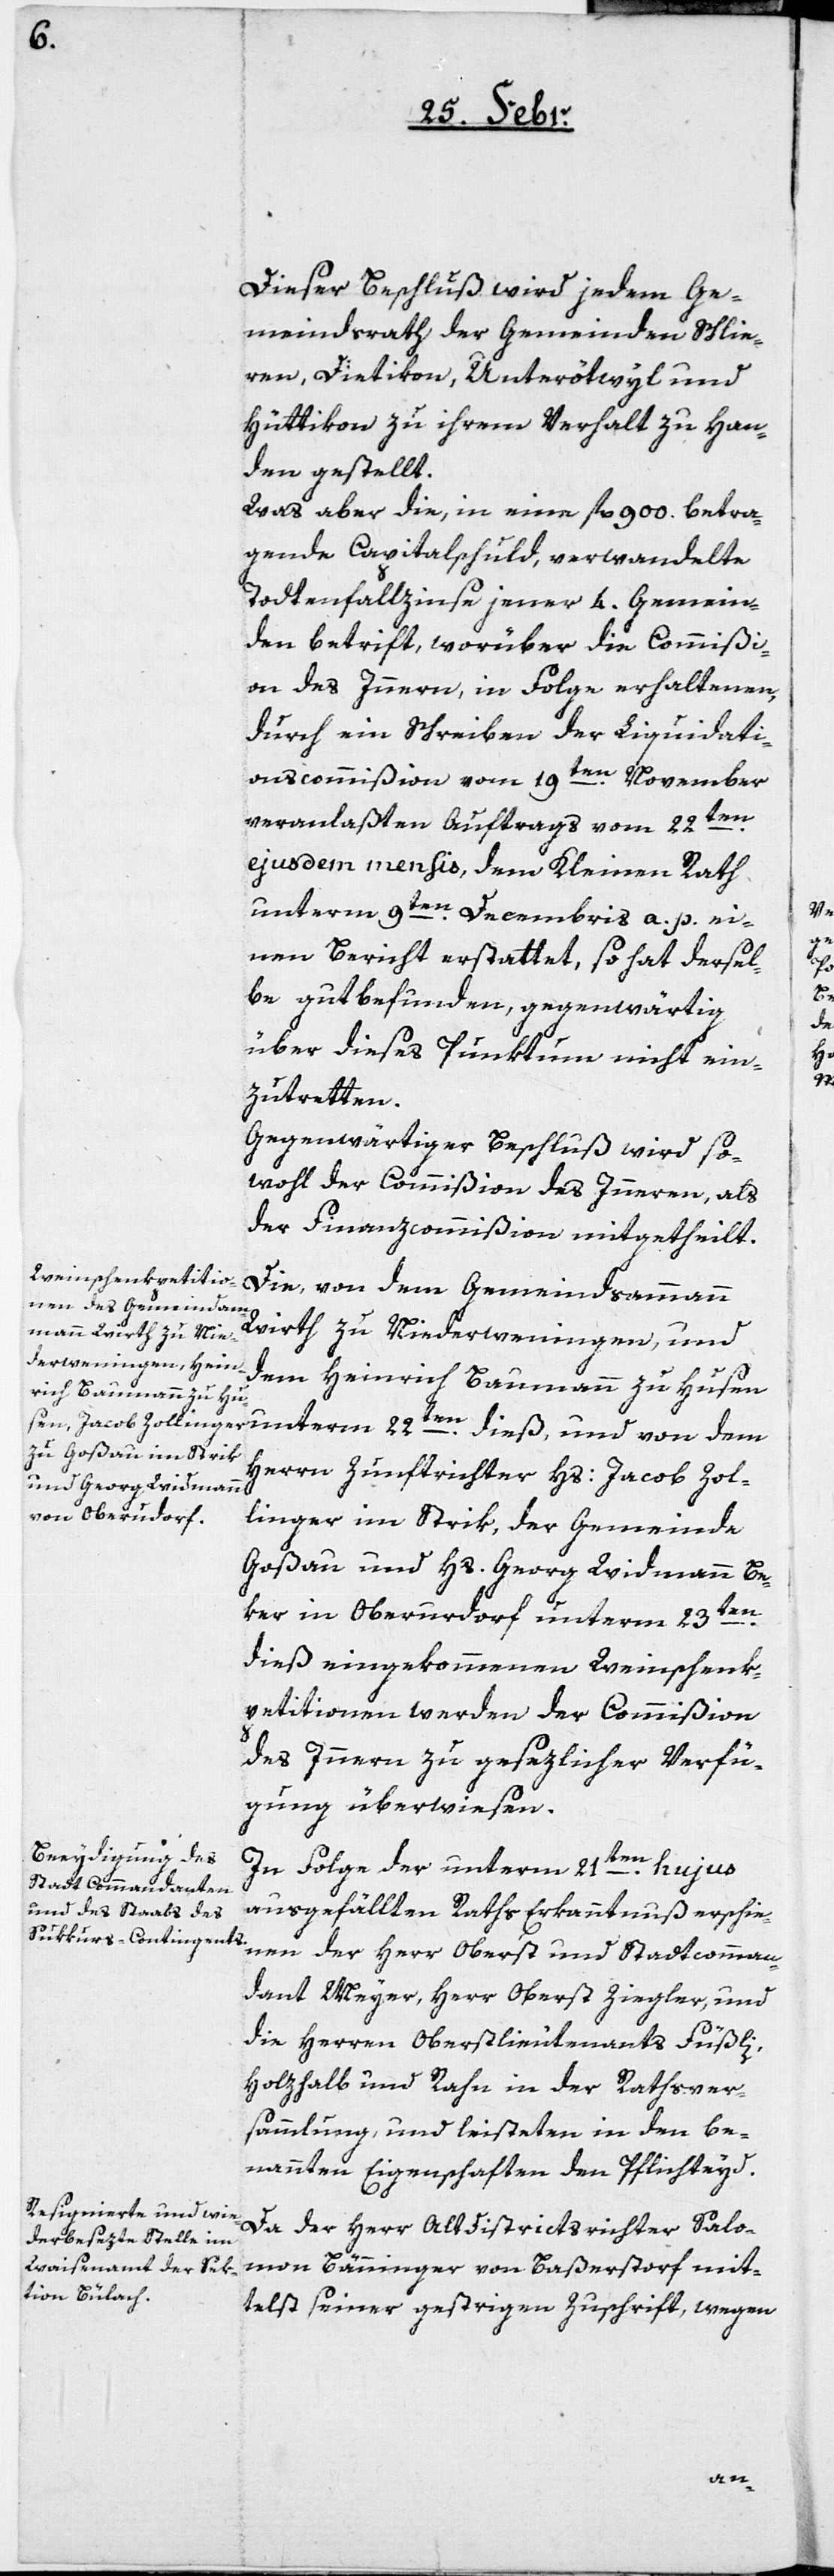
Dieser Beschluß wird jedem Ge¬
meindrath der Gemeinden Schlie¬
ren, Dietikon, Unterötwyl und
Hüttikon zu ihrem Verhalt zu Han¬
den gestellt.
Was aber die, in eine fl. 900 betra¬
gende Capitalschuld, verwandelte
Todtenfallzinse jener 4. Gemein¬
den betrifft, worüber die Commißi¬
on des Innern, in Folge erhaltenen,
durch ein Schreiben der Liquidati¬
onscommißion vom 19ten November
veranlaßten Auftrags vom 22ten
ejusdem mensis, dem Kleinen Rath
unterm 9ten Decembris a. p. ei¬
nen Bericht erstattet, so hat dersel¬
be gut befunden, gegenwärtig
über dieses Punktum nicht ein¬
zutretten.
Gegenwärtiger Beschluß wird so¬
wohl der Commißion des Innern, als
der Finanzcommißion mitgetheilt.
Die, von dem Gemeindsammann
Wirth zu Niederweningen, und
dem Heinrich Baumann zu Husen
Herrn Zunftrichter Hs: Jacob Zol¬
linger im Strik der Gemeinde
Goßau, und Hs. Georg Widmann Be¬
ker in Oberurdorf unterm 23ten
dieß eingekommenen Weinschenk¬
petitionen werden der Commißion
des Innern zu gesezlicher Verfü¬
gung überwiesen.
In Folge der unterm 21ten hujus
ausgefällten Rathserkanntnuß erschie¬
nen der Herr Oberst und Stadtcomman¬
dant Meyer, Herr Oberst Ziegler, und
die Herren Oberstlieutenants Füßli,
Holzhalb und Rahn in der Rathsver¬
sammlung, und leisteten in den be¬
nannten Eigenschaften den Pflichteyd.
Da der Herr Alt Districtsrichter Salo¬
mon Bänninger von Baßerstorf mit¬
telst seiner gestrigen Zuschrift, wegen